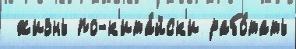
 жизнь по-к'ита́йск'и рабо́тать